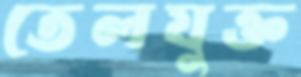
তেলযুক্ত